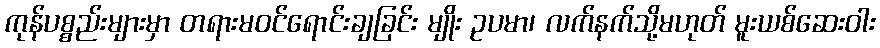
ကုန်ပစ္စည်းများမှာ တရားမဝင်ရောင်းချခြင်း မျိုး ဥပမာ၊ လက်နက်သို့မဟုတ် မူးယစ်ဆေးဝါး